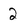
Character: 2